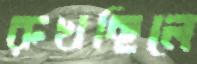
রুখছিলে